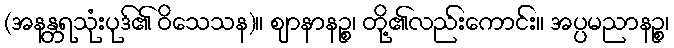
(အနန္တရသုံးပုဒ်၏ ဝိသေသန)။ ဈာနာနဉ္စ၊ တို့၏လည်းကောင်း။ အပ္ပမညာနဉ္စ၊